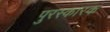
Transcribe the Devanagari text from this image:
पुरस्कारक